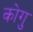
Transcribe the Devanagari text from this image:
कोगु